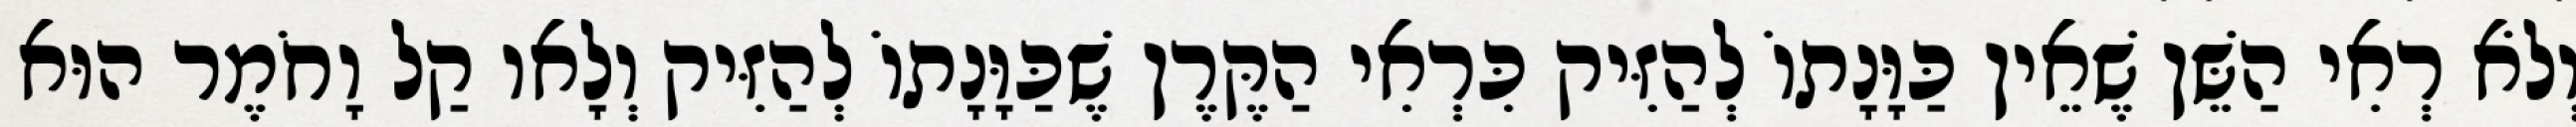
וְלֹא רְאִי הַשֵּׁן שֶׁאֵין כַּוָּנָתוֹ לְהַזִּיק כִּרְאִי הַקֶּרֶן שֶׁכַּוָּנָתוֹ לְהַזִּיק וְלָאו קַל וָחֹמֶר הוּא